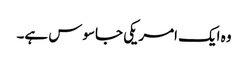
وہ ایک امریکی جاسوس ہے۔